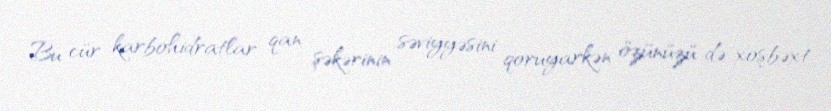
Bu cür karbohidratlar qan şəkərinin səviyyəsini qoruyarkən özünüzü də xoşbəxt